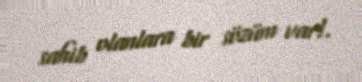
sahib olanlara bir sözüm var!.